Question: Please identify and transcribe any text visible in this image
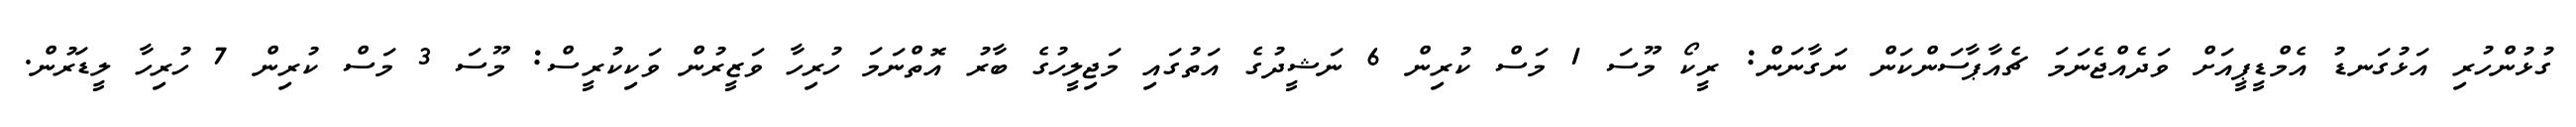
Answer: ގުޅުންހުރި އަޅުގަނޑު އެމްޑީޕީއަށް ވަދެއްޖެނަމަ ޗެއާޕާސަންކަން ނަގާނަން: ރީކޯ މޫސަ 1 މަސް ކުރިން 6 ނަޝީދުގެ އަތުގައި މަޖިލީހުގެ ބާރު އޮތްނަމަ ހުރިހާ ވަޒީރުން ވަކިކުރީސް: މޫސަ 3 މަސް ކުރިން 7 ހުރިހާ ލީޑަރުން.